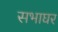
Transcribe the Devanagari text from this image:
सभाघर